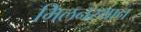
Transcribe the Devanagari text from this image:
मिलनस्थान